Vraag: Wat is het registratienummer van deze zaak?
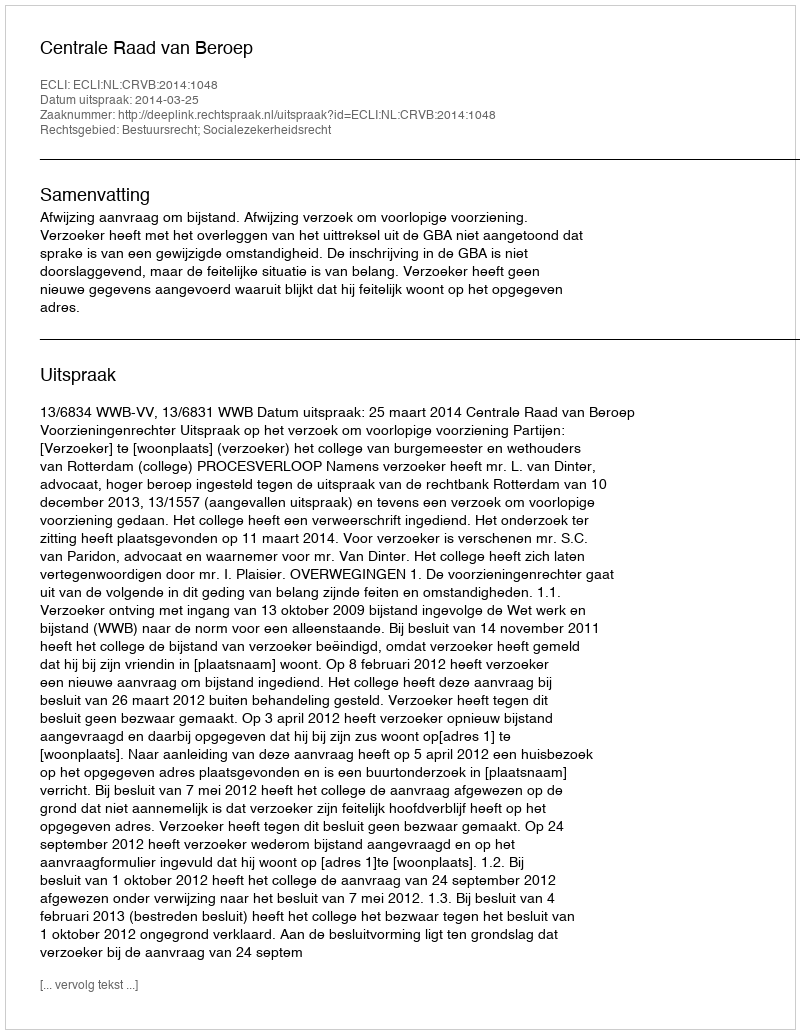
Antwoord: http://deeplink.rechtspraak.nl/uitspraak?id=ECLI:NL:CRVB:2014:1048